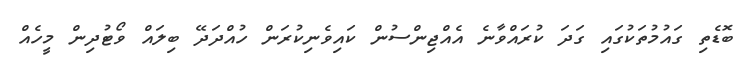
ބޮޑެތި ގައުމުތަކުގައި ގަދަ ކުރައްވާނެ އެއްޖިންސުން ކައިވެނިކުރަން ހުއްދަދޭ ބިލައް ވޯޓުދިން މީހެއް